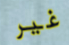
غير